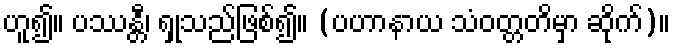
ဟူ၍။ ပဿန္တီ၊ ရှုသည်ဖြစ်၍။ (ပဟာနာယ သံဝတ္တတိမှာ ဆိုက်)။